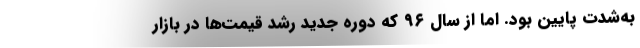
به‌شدت پایین بود. اما از سال ۹۶ که دوره جدید رشد قیمت‌ها در بازار